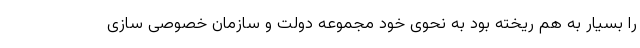
را بسیار به هم ریخته بود به نحوی خود مجموعه دولت و سازمان خصوصی سازی